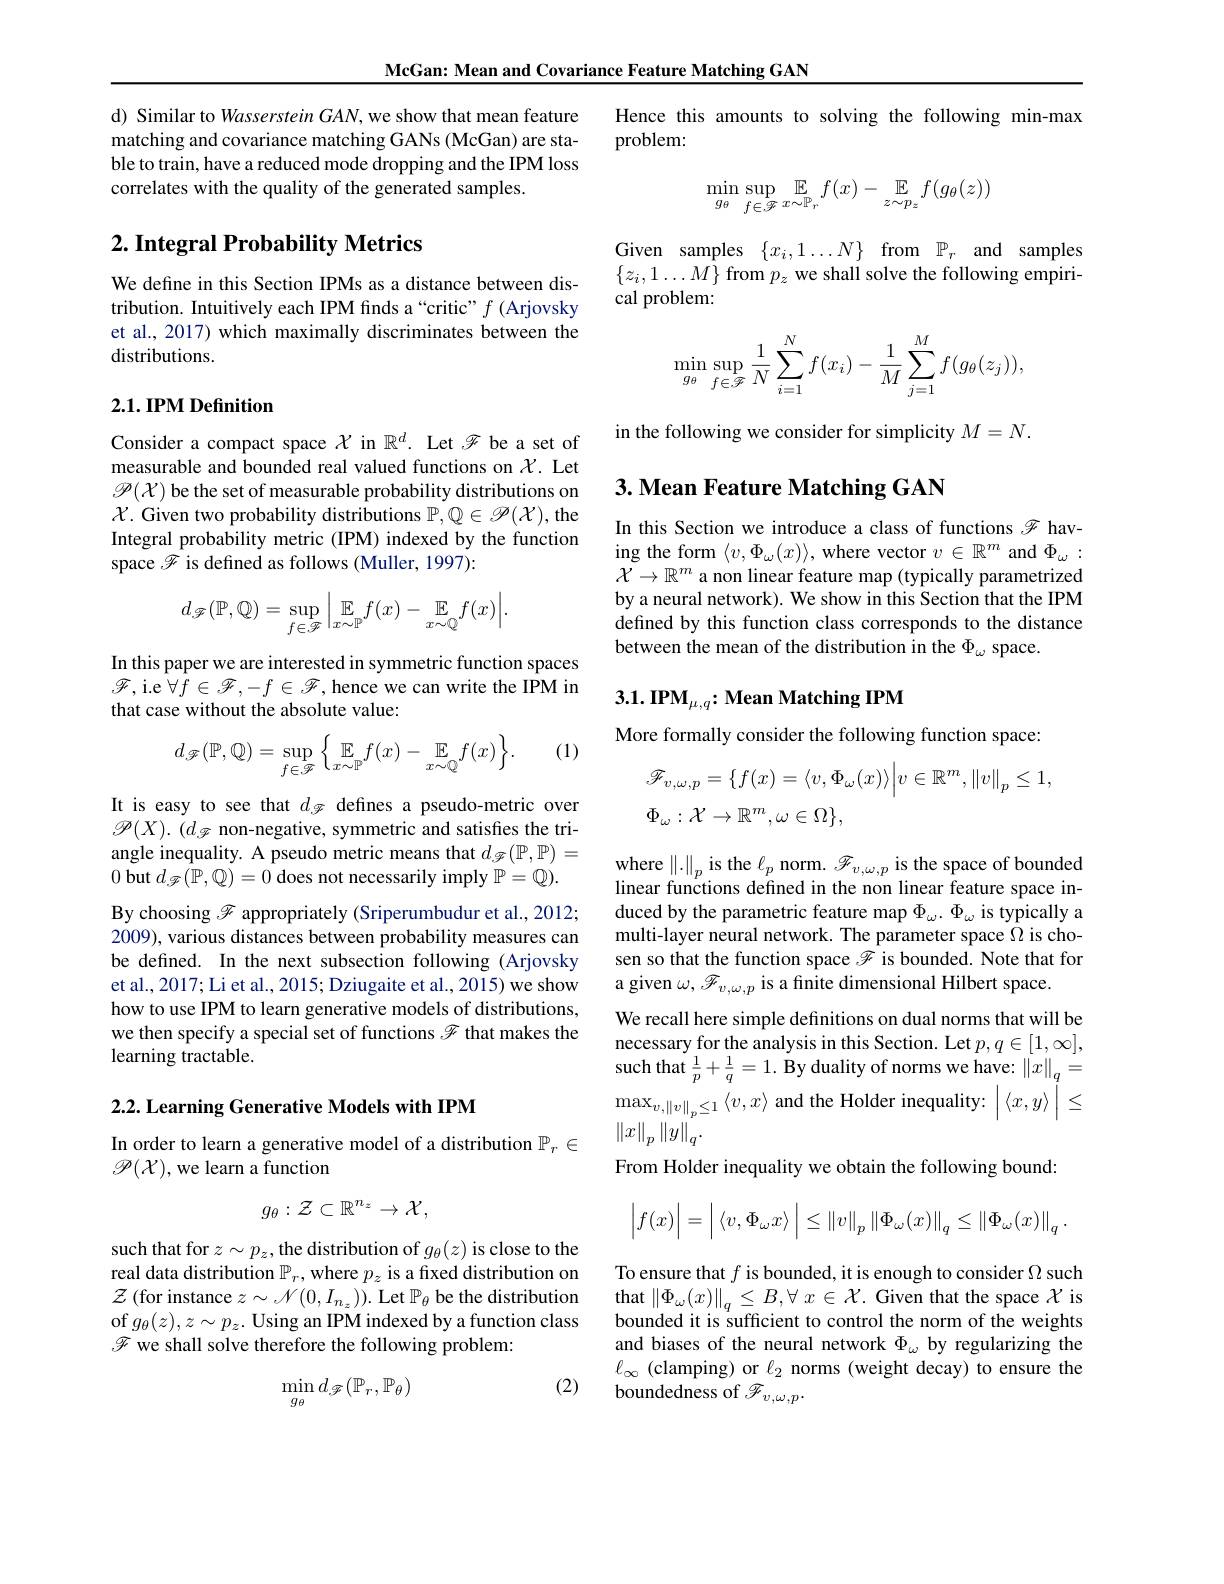
McGan: Mean and Covariance Feature Matching GAN

d) Similar to Wasserstein GAN, we show that mean feature matching and covariance matching GANs (McGan) are stable to train, have a reduced mode dropping and the IPM loss correlates with the quality of the generated samples.

## $2. \textbf{ Integral Probability Metrics}$

We define in this Section IPMs as a distance between distribution. Intuitively each IPM finds a “critic” $f$ (Arjovsky et al., 2017) which maximally discriminates between the distributions.

### 2.1. IPM Definition

Consider a compact space $\mathcal{X}$ in $\mathbb{R}^d.$ Let $\mathscr{F}$ be a set of measurable and bounded real valued functions on $\mathcal{X}.$ Let $\mathscr{P}(\mathcal{X})$ be the set of measurable probability distributions on $\mathcal{X}$. Given two probability distributions $\mathbb{P},\mathbb{Q}\in\mathscr{P}(\mathcal{X})$, the Integral probability metric (IPM) indexed by the function space $\mathscr{F}$ is defined as follows (Muller, 1997):
$$d_{\mathscr{F}}(\mathbb{P},\mathbb{Q})=\sup\limits_{f\in\mathscr{F}}\bigg|_{x\sim\mathbb{P}}f(x)-\underset{x\sim\mathbb{Q}}{\mathbb{E}}f(x)\bigg|.$$
In this paper we are interested in symmetric function spaces $\mathscr{F}$,i.e $\forall f\in\mathscr{F},-f\in\mathscr{F}$, hence we can write the IPM in that case without the absolute value:

(1)
$$d_{\mathscr{F}}(\mathbb{P},\mathbb{Q})=\sup\limits_{f\in\mathscr{F}}\Big\{\underset{x\sim\mathbb{P}}{\mathbb{E}}f(x)-\underset{x\sim\mathbb{Q}}{\mathbb{E}}f(x)\Big\}.$$
It is easy to see that $d_{\mathscr{F}}$ defines a pseudo-metric over $\mathscr{P}(X).(d_{\mathscr{F}}$ non-negative, symmetric and satisfies the triangle inequality. A pseudo metric means that $d_{\mathscr{F}}(\mathbb{P},\mathbb{P})=$ 0 but $d_{\mathcal{F}}(\mathbb{P},\mathbb{Q})=0$ does not necessarily imply $\mathbb{P}=\mathbb{Q}).$ By choosing $\mathscr{F}$ appropriately (Sriperumbudur et al., 2012; 2009), various distances between probability measures can be defined. In the next subsection following (Arjovsky et al., 2017; Li et al., 2015; Dziugaite et al., 2015) we show how to use IPM to learn generative models of distributions, we then specify a special set of functions $\mathscr{F}$ that makes the learning tractable.

2.2. Learning Generative Models with IPM

## In order to learn a generative model of a distribution $\mathbb{P}_r\in$ $\mathscr{P}(\mathcal{X})$,we learn a function
$$g_{\theta}:\mathcal{Z}\subset\mathbb{R}^{n_{z}}\to\mathcal{X},$$
such that for $z\sim p_z$,the distribution of $g_\theta(z)$ is close to the real data distribution $\mathbb{P}_r$, where $p_z$ is a fixed distribution on $\mathcal{Z}$ (for instance $z\sim\mathcal{N}(0,I_n_z)).$ Let $\mathbb{P}_\theta$ be the distribution of $g_{\theta}(z),z\sim p_{z}.$ Using an IPM indexed by a function class $\mathscr{F}$ we shall solve therefore the following problem:

(2)
$$\min_{g_\theta}d_{\mathscr{F}}(\mathbb{P}_r,\mathbb{P}_\theta)$$
Hence this amounts to solving the following min-max
problem:
$$\min_{g_{\theta}}\sup_{f\in\mathscr{F}}\mathbb{E}_{x\sim\mathbb{P}_{r}}f(x)-\mathbb{E}_{z\sim p_{z}}f(g_{\theta}(z))$$
Given samples $\{ x_i, 1\ldots N\}$ from $\mathbb{P} _r$ and samples $\{z_i,1\ldots M\}$ from $p_z$ we shall solve the following empirical problem:
$$\min\limits_{g_\theta}\sup\limits_{f\in\mathscr{F}}\frac{1}{N}\sum\limits_{i=1}^Nf(x_i)-\frac{1}{M}\sum\limits_{j=1}^Mf(g_\theta(z_j)),$$
in the following we consider for simplicity $M=N.$

## 3. Mean Feature Matching GAN

In this Section we introduce a class of functions $\mathscr{F}$ having the form $\langle v,\Phi_\omega(x)\rangle$, where vector $v\in\mathbb{R}^m$ and $\Phi_\omega:$ $\mathcal{X}\to\mathbb{R}^m$ a non linear feature map (typically parametrized by a neural network). We show in this Section that the IPM defined by this function class corresponds to the distance between the mean of the distribution in the $\Phi_\omega$ space.

# $3. 1. \textbf{IPM}_{\mu , q}{: }\textbf{Mean Matching IPM}$
More formally consider the following function space:
$$\begin{aligned}&\mathcal{F}_{v,\omega,p}=\{f(x)=\langle v,\Phi_{\omega}(x)\rangle\Big|v\in\mathbb{R}^{m},\|v\|_{p}\leq1,\\&\Phi_{\omega}:\mathcal{X}\to\mathbb{R}^{m},\omega\in\Omega\},\end{aligned}$$
where $\|.\|_p$ is the $\ell_p$ norm. $\mathscr{F}_v,\omega,p$ is the space of bounded linear functions defined in the non linear feature space induced by the parametric feature map $\Phi_\omega.\Phi_\omega$ is typically a multi-layer neural network. The parameter space $\Omega$ is chosen so that the function space $\mathscr{F}$ is bounded. Note that for a given $\omega,\mathscr{F}_v,\omega,p$ is a finite dimensional Hilbert space
We recall here simple definitions on dual norms that will be necessary for the analysis in this Section. Let $p,q\in[1,\infty]$, such that $\frac 1p+ \frac 1q= 1. \textbf{By duality of norms we have: }\left \| x\right \| _q=$ $\max_{v,\|v\|_p\leq1}\left\langle v,x\right\rangle$and the Holder inequality:$\left|\langle x,y\rangle\right|\leq$ $\left\|x\right\|_p\left\|y\right\|_q.$
From Holder inequality we obtain the following bound:
$$\left|f(x)\right|=\left|\left\langle v,\Phi_\omega x\right\rangle\right|\leq\left\|v\right\|_p\left\|\Phi_\omega(x)\right\|_q\leq\left\|\Phi_\omega(x)\right\|_q.$$
To ensure that $f$ is bounded, it is enough to consider $\Omega$ such that $\| \Phi _\omega ( x) \| _q\leq B, \forall$ $x\in \mathcal{X} .$ Given that the space $\mathcal{X}$ is bounded it is sufficient to control the norm of the weights and biases of the neural network $\Phi_\omega$ by regularizing the $\ell_{\infty}$ (clamping) or $\ell_2$ norms (weight decay) to ensure the boundedness of $\mathscr{F}_v,\omega,p.$